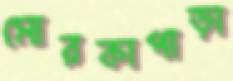
মোরকাপাড়া